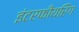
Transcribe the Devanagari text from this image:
इंटरफीयरिंग